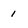
Character: 1